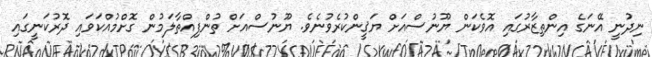
ނިދުނީ އޭނަގެ އިންތިޒާރުގައި އޮވެކަން ޔޫނުސްއަށް ޔަޤީންކުރެވުނެވެ. ޔޫނުސްއަށް ތުންފިއްތާލަމުން ގޮށްމުއްކަވައި ދޮރުކަނީގައި